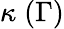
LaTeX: \kappa\; (\Gamma)